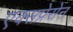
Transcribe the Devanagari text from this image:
एक्सप्रेसेन